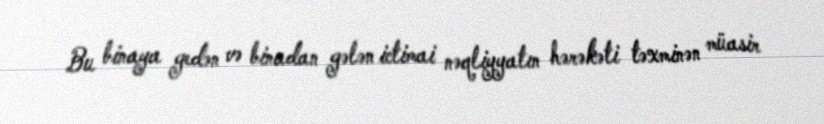
Bu binaya gedən və binadan gələn ictimai nəqliyyatın hərəkəti təxminən müasir